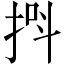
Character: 𪭸